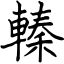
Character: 轃